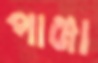
পাঞ্জা